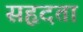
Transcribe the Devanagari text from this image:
सहृदता